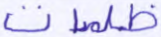
ظلمات